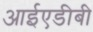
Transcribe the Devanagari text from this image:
आईएडीबी